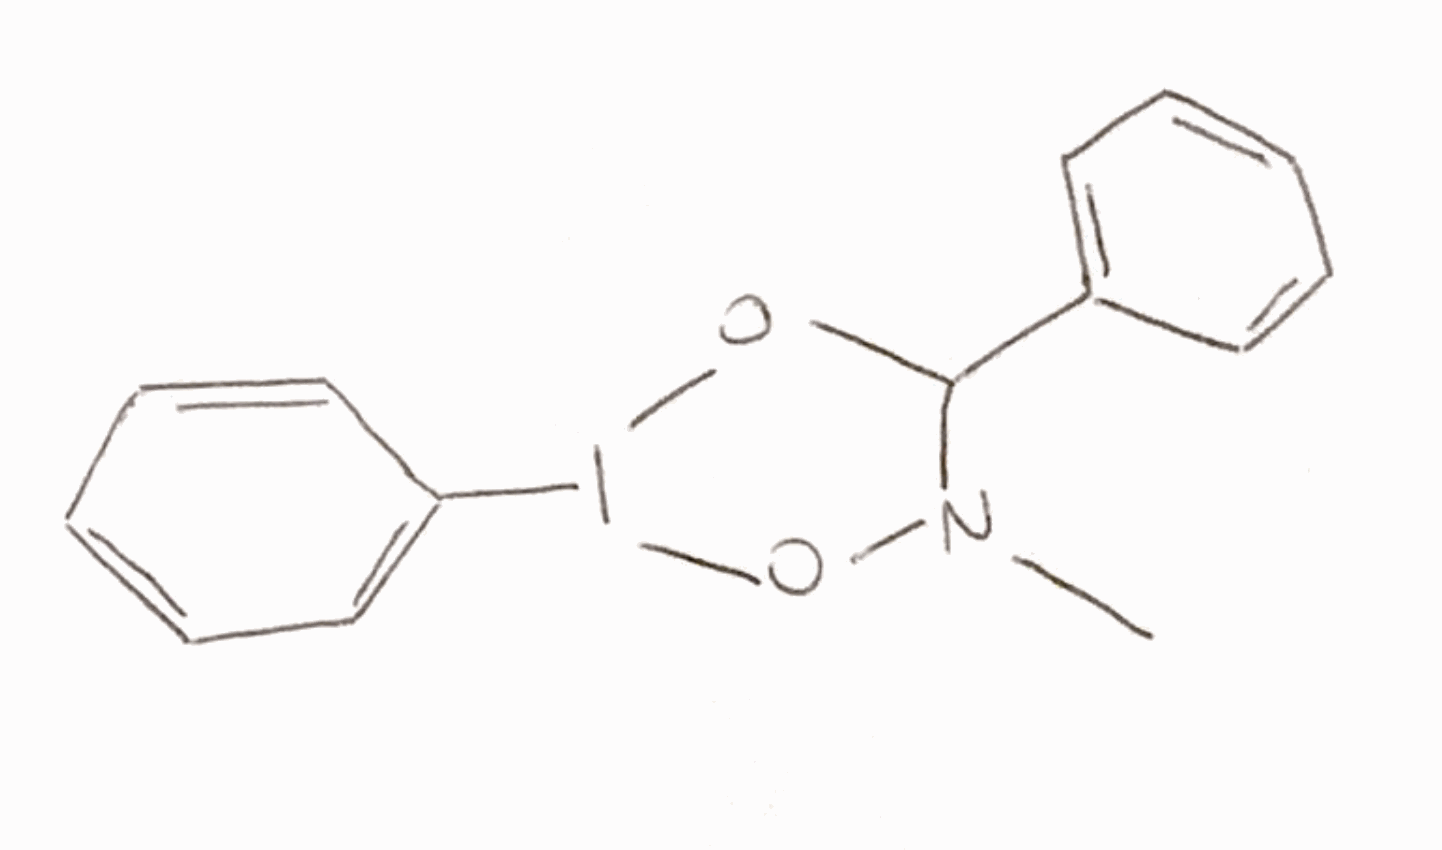
Simplified molecular-input line-entry system (SMILES) notation of the given molecule:
CN1C(OI(O1)C2=CC=CC=C2)C3=CC=CC=C3